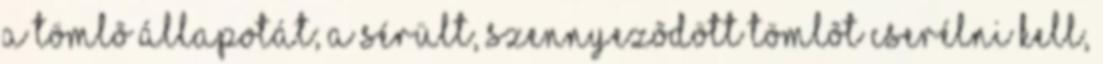
a tömlõ állapotát; a sérült, szennyezõdött tömlõt cserélni kell,